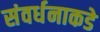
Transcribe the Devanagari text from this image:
संवर्धनाकडे